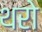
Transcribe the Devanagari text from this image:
थरो